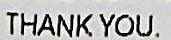
THANK YOU.